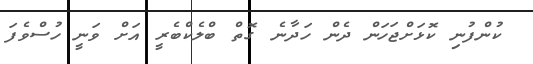
ކުންފުނި ކޮޅަށްޖަހަން ދެން ހަދާނެ ގޮތް ބްލެކްބެރީ އަށް ވަނީ ހުސްވެފަ